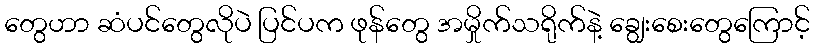
တွေဟာ ဆံပင်တွေလိုပဲ ပြင်ပက ဖုန်တွေ အမှိုက်သရိုက်နဲ့ ချွေးစေးတွေကြောင့်